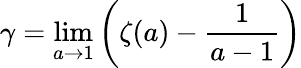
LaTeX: \gamma=\operatorname*{lim}_{a\to 1}\left(\zeta(a)-{\frac{1}{a-1}}\right)